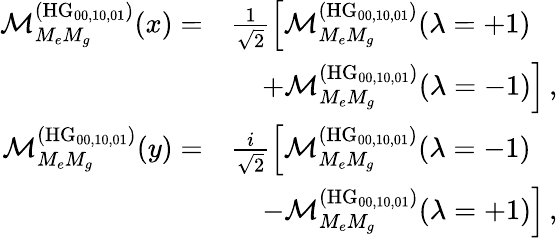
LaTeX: \begin{array}{rl}{\mathcal{M}_{M_{e}M_{g}}^{(\mathrm{HG}_{00,10,01})}(x)=}&{\frac{1}{\sqrt{2}}\left[\mathcal{M}_{M_{e}M_{g}}^{(\mathrm{HG}_{00,10,01})}(\lambda=+1)\right.}\\ &{\left.\; \; \; \; +\mathcal{M}_{M_{e}M_{g}}^{(\mathrm{HG}_{00,10,01})}(\lambda=-1)\right]\, ,}\\ {\mathcal{M}_{M_{e}M_{g}}^{(\mathrm{HG}_{00,10,01})}(y)=}&{\frac{i}{\sqrt{2}}\left[\mathcal{M}_{M_{e}M_{g}}^{(\mathrm{HG}_{00,10,01})}(\lambda=-1)\right.}\\ &{\left.\; \; \; \; -\mathcal{M}_{M_{e}M_{g}}^{(\mathrm{HG}_{00,10,01})}(\lambda=+1)\right]\, ,}\end{array}